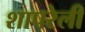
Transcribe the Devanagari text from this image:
शापरेली